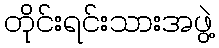
တိုင်းရင်းသားအဖွဲ့